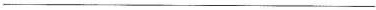
___